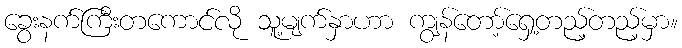
ခွေးနက်ကြီးတကောင်လို သူ့မျက်နှာဟာ ကျွန်တော့်ရှေ့တည့်တည့်မှာ။